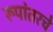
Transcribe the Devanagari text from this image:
रूपांतरचे